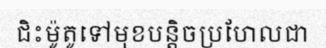
ជិះម៉ូតូទៅមុខបន្តិចប្រហែលជា